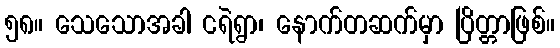
၅၈။ သေသောအခါ ငရဲရွာ၊ နောက်တဆက်မှာ ပြိတ္တာဖြစ်။